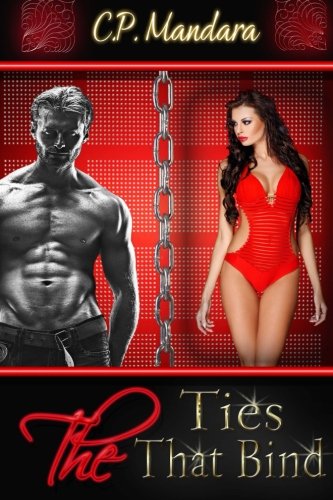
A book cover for The Ties That Bind: Enduring imaginative bondage and BDSM (Pony Tales) (Volume 6); C. P. Mandara; Romance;